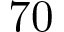
7 0